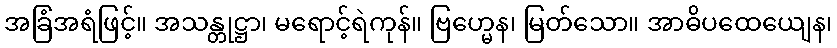
အခြံအရံဖြင့်။ အသန္တုဋ္ဌာ၊ မရောင့်ရဲကုန်။ ဗြဟ္မေန၊ မြတ်သော။ အာဓိပထေယျေန၊